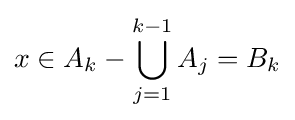
x\in A_{k}-\bigcup _{j=1}^{k-1}A_{j}=B_{k}